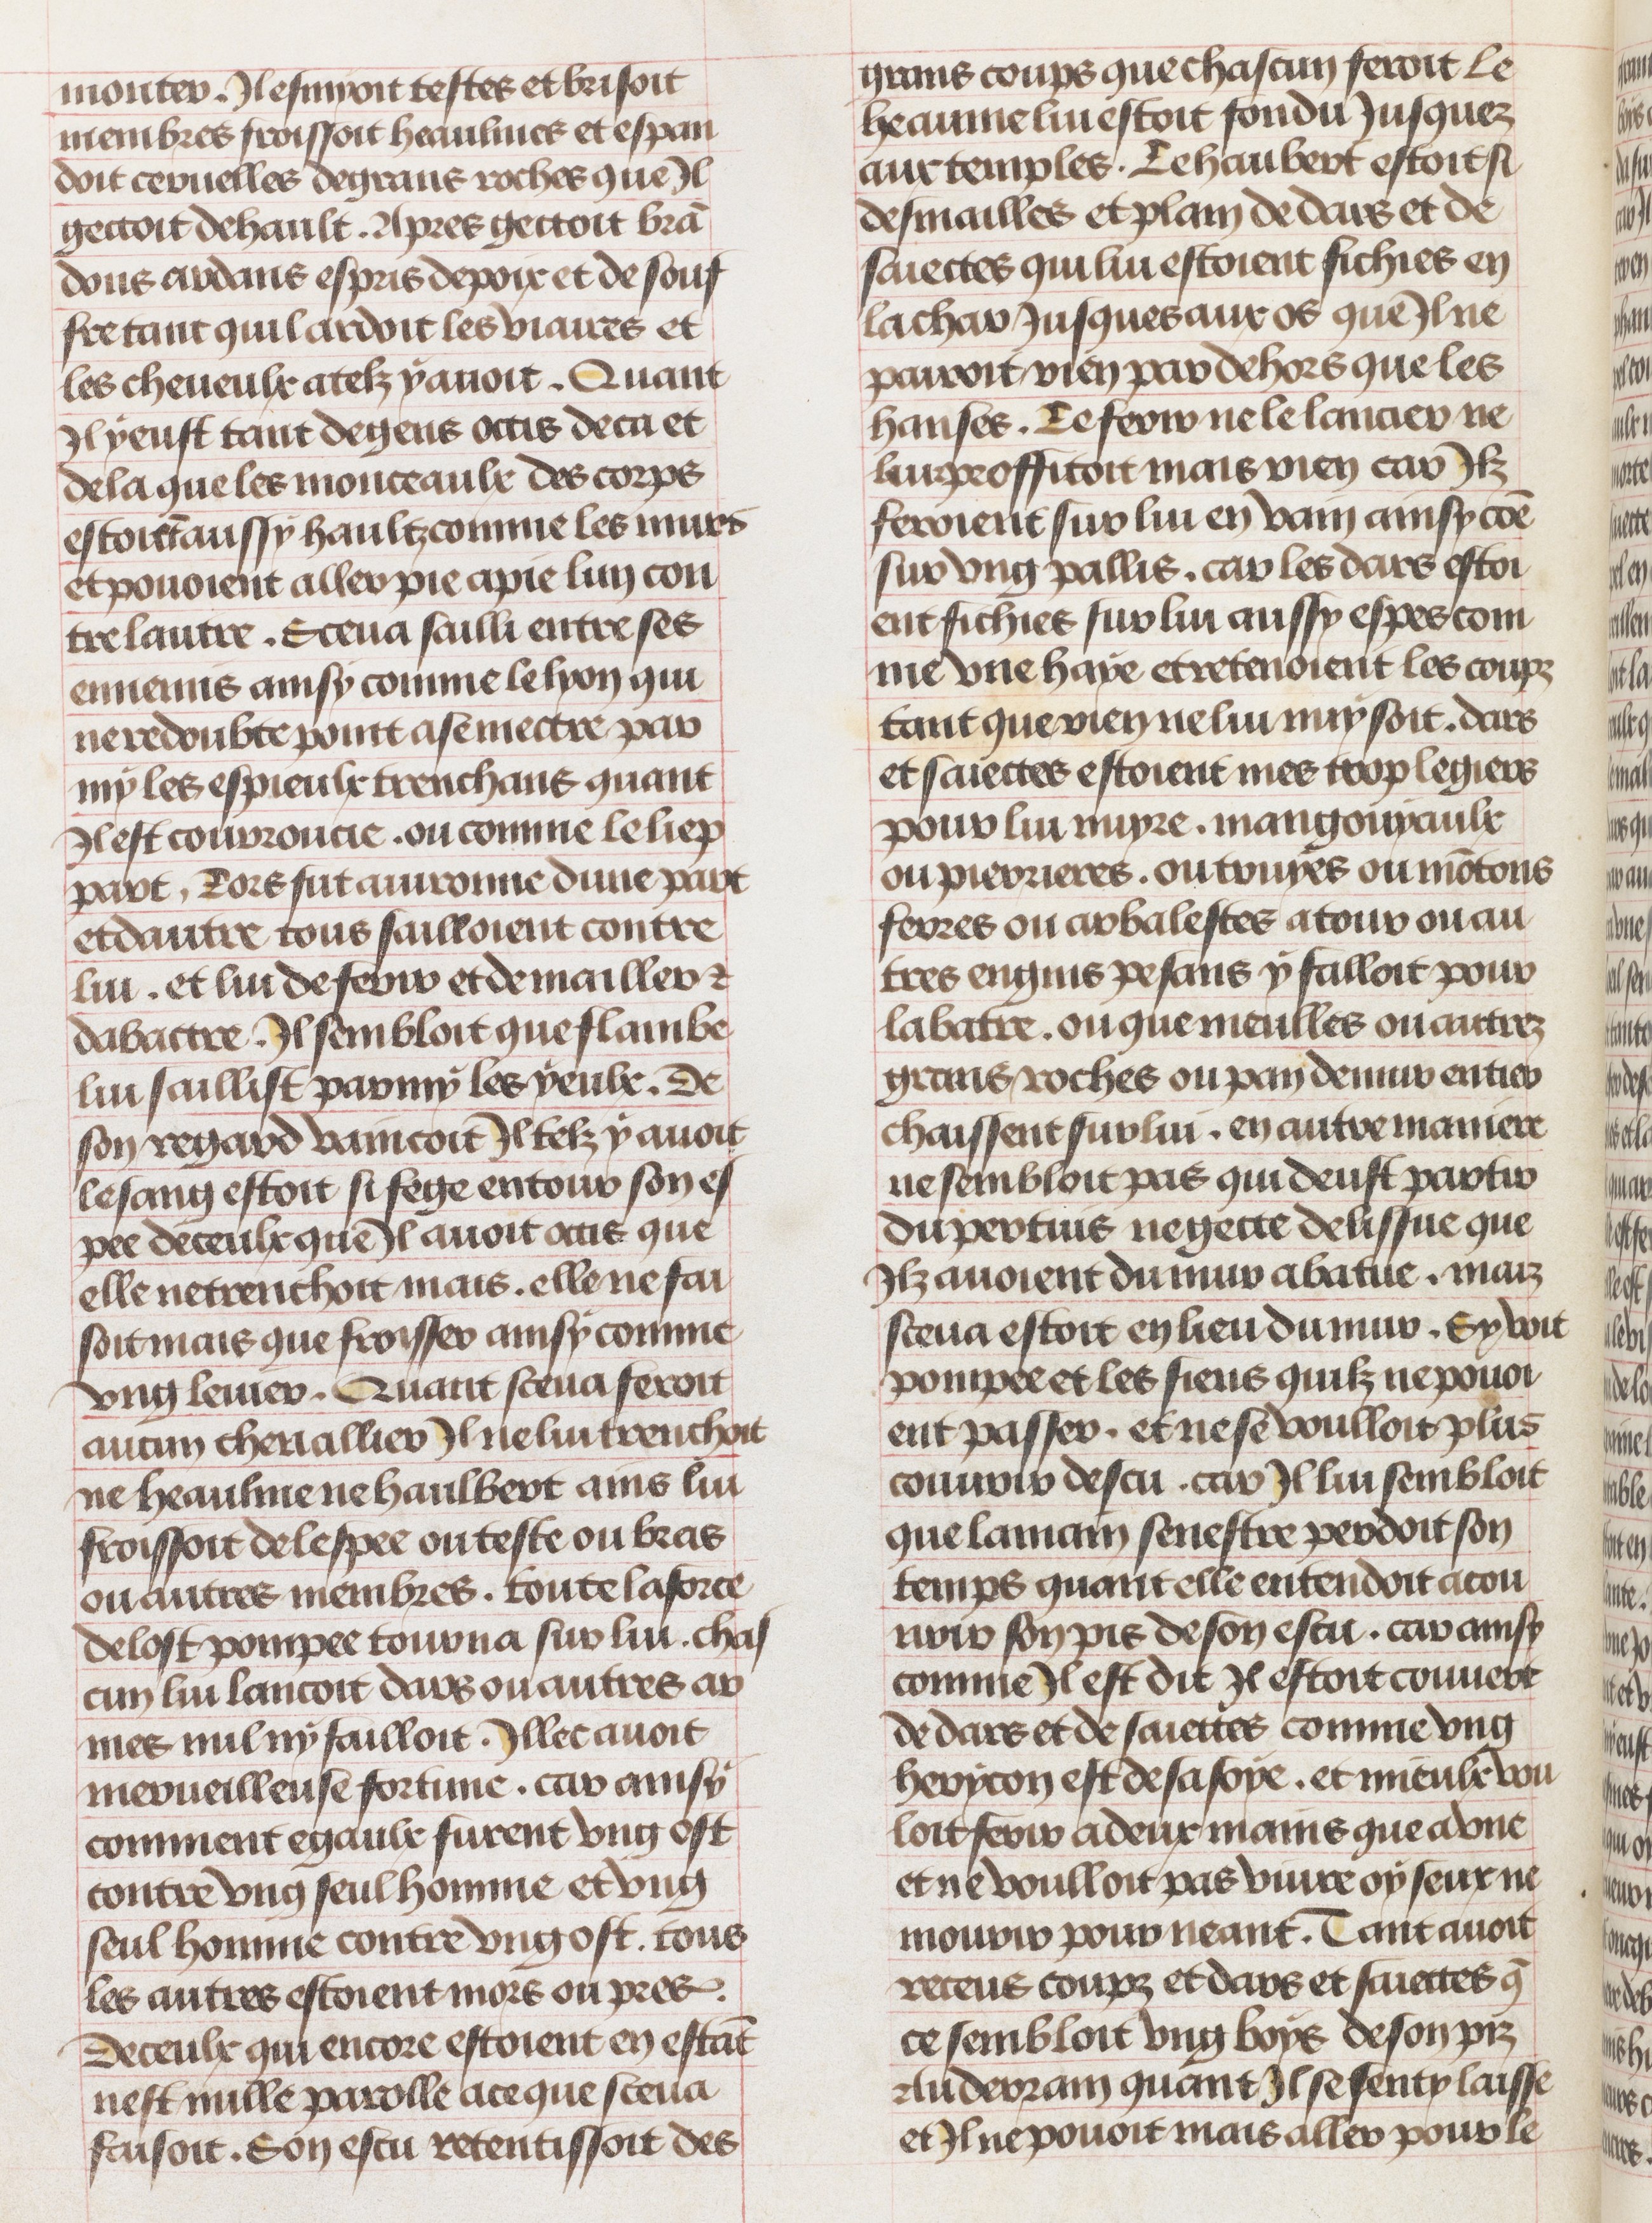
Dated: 1450–1474